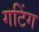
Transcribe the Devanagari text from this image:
गटिंग